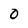
Character: 0